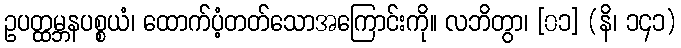
ဥပတ္ထမ္ဘနပစ္စယံ၊ ထောက်ပံ့တတ်သောအကြောင်းကို။ လဘိတွာ၊ [၀၁] (နိ၊ ၁၄၁)